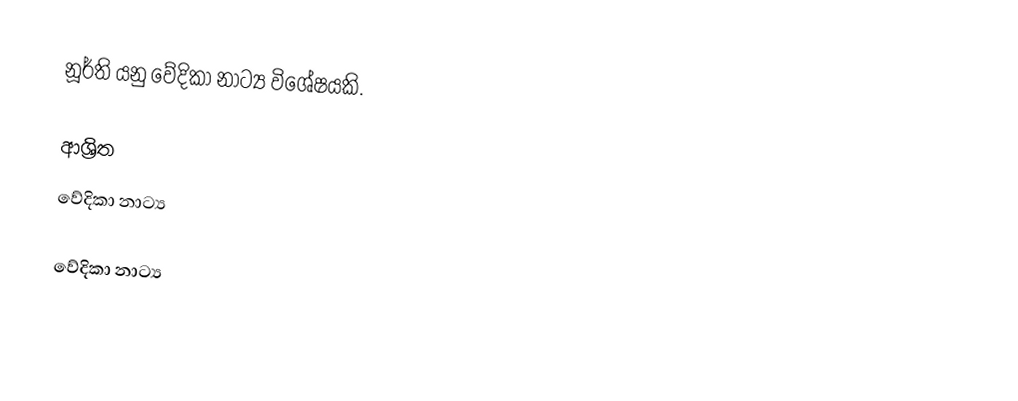
නූර්ති යනු වේදිකා නාට්‍ය විශේෂයකි.

ආශ්‍රිත
 වේදිකා නාට්‍ය

වේදිකා නාට්‍ය